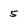
Character: 5